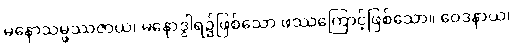
မနောသမ္ဖဿဇာယ၊ မနောဒွါရ၌ဖြစ်သော ဖဿကြောင့်ဖြစ်သော။ ဝေဒနာယ၊